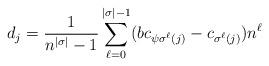
LaTeX: \begin{align*}d_j=\frac{1}{n^{|\sigma|}-1}\sum_{\ell=0}^{|\sigma|-1} (bc_{\psi \sigma^{\ell}(j)}-c_{\sigma^{\ell}(j)})n^{\ell}\end{align*}